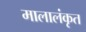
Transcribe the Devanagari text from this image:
मालालंकृत